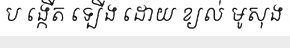
ប ង្កើត ទ្បើង ដោយ ខ្យល់ មូសុង